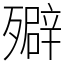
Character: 㱸